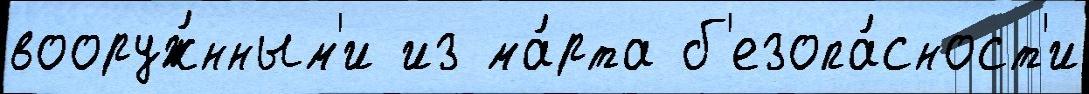
вооруж́нным'и из ма́рта б'езопа́сност'и